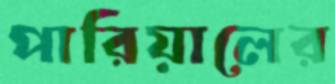
পারিয়ালের